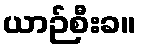
ယာဉ်စီးခ။